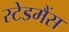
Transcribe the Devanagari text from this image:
स्टेडमैंस